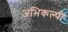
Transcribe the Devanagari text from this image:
अभिकल्पी